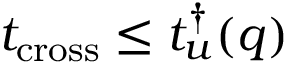
t _ { \mathrm { c r o s s } } \leq t _ { u } ^ { \dagger } ( q )